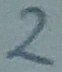
Text: 2